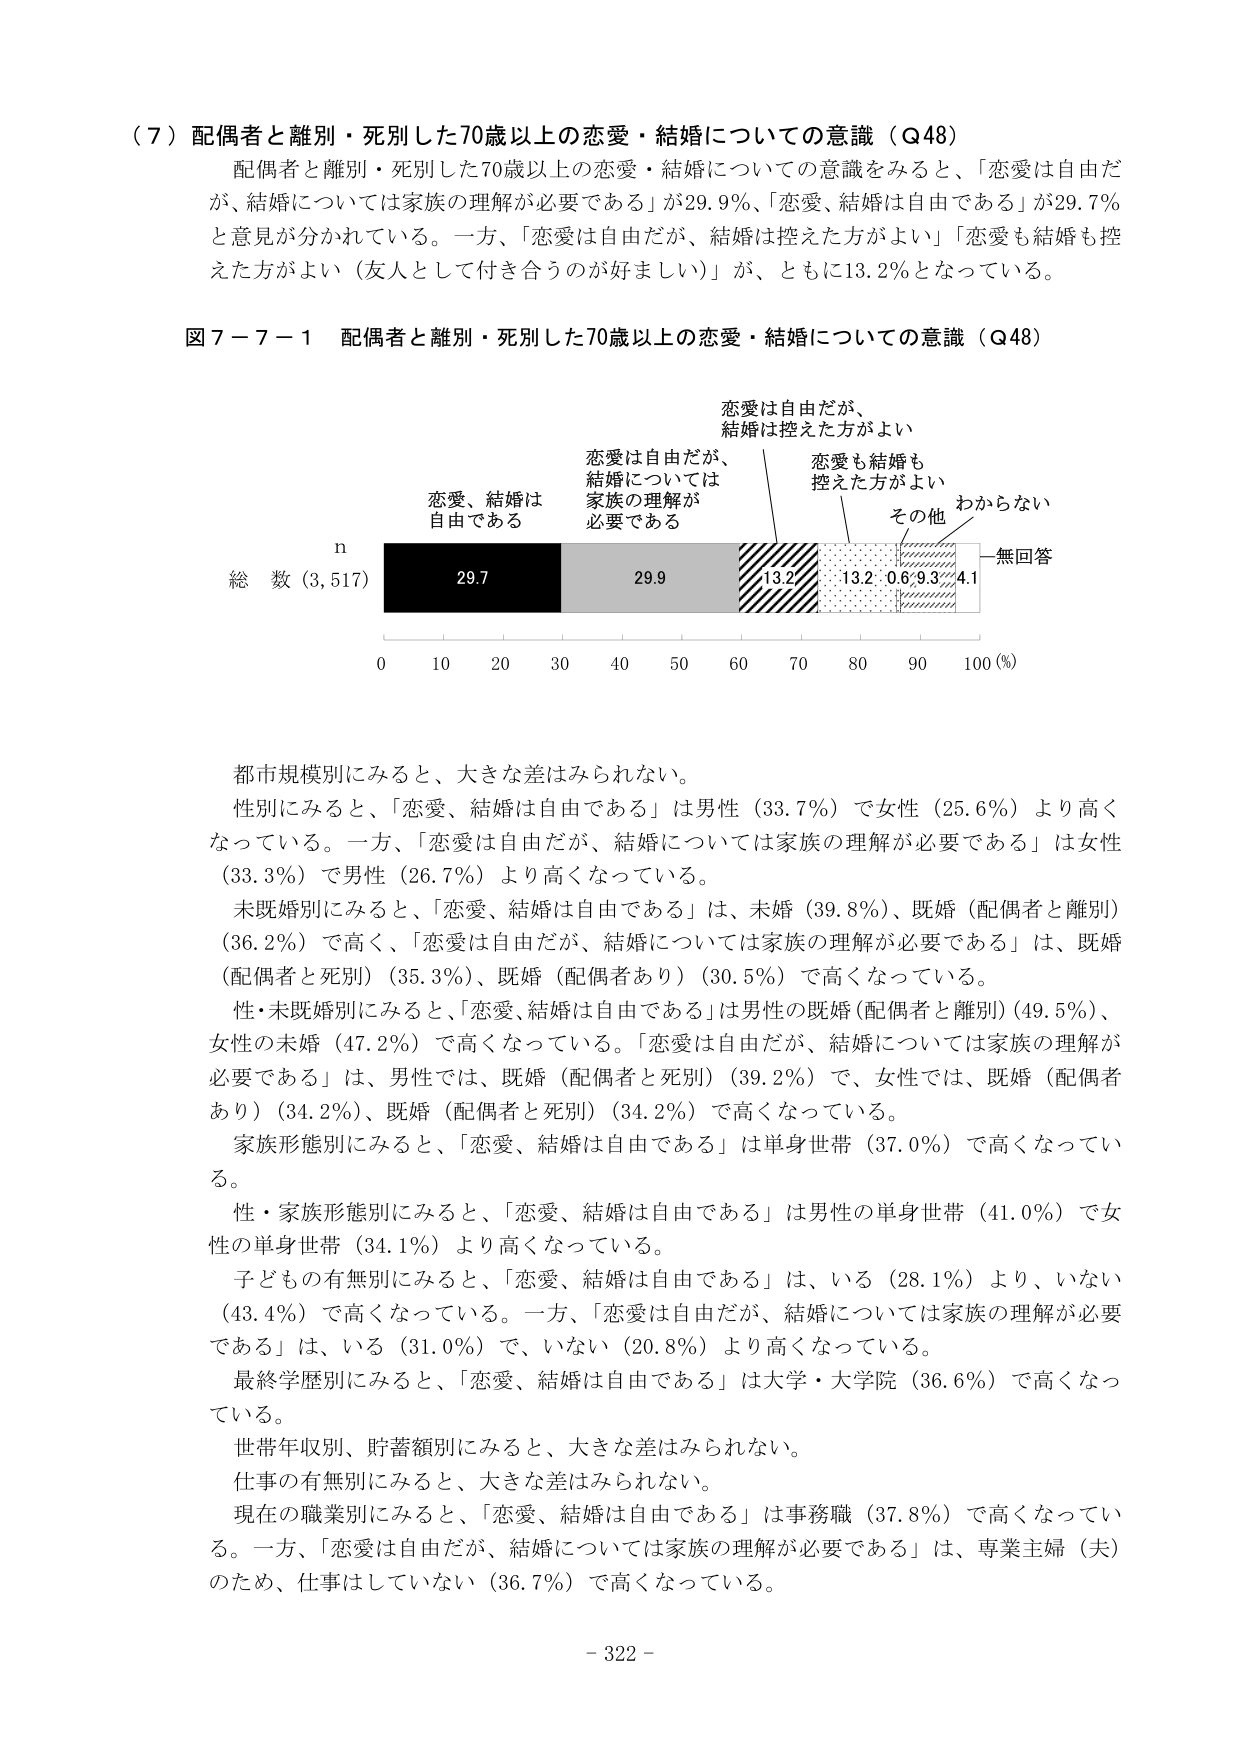
（７）配偶者と離別・死別した70歳以上の恋愛・結婚についての意識（Q48）
配偶者と離別・死別した70歳以上の恋愛・結婚についての意識をみると、「恋愛は自由だが、結婚については家族の理解が必要である」が29.9％、「恋愛、結婚は自由である」が29.7％と意見が分かれている。一方、「恋愛は自由だが、結婚は控えた方がよい」「恋愛も結婚も控えた方がよい（友人として付き合うのが好ましい）」が、ともに13.2％となっている。

図７－７－１ 配偶者と離別・死別した70歳以上の恋愛・結婚についての意識（Q48）

恋愛は自由だが、
結婚は控えた方がよい

恋愛は自由だが、
結婚については
家族の理解が
必要である

恋愛も結婚も
控えた方がよい

その他

わからない

無回答

n
総数（3,517）
29.7
29.9
13.2
13.2
0.6
9.3
4.1

0  10  20  30  40  50  60  70  80  90  100（％）

都市規模別にみると、大きな差はみられない。
性別にみると、「恋愛、結婚は自由である」は男性（33.7％）で女性（25.6％）より高くなっている。一方、「恋愛は自由だが、結婚については家族の理解が必要である」は女性（33.3％）で男性（26.7％）より高くなっている。
未既婚別にみると、「恋愛、結婚は自由である」は、未婚（39.8％）、既婚（配偶者と離別）（36.2％）で高く、「恋愛は自由だが、結婚については家族の理解が必要である」は、既婚（配偶者と死別）（35.3％）、既婚（配偶者あり）（30.5％）で高くなっている。
性・未既婚別にみると、「恋愛、結婚は自由である」は男性の既婚（配偶者と離別）（49.5％）、女性の未婚（47.2％）で高くなっている。「恋愛は自由だが、結婚については家族の理解が必要である」は、男性では、既婚（配偶者と死別）（39.2％）で、女性では、既婚（配偶者あり）（34.2％）、既婚（配偶者と死別）（34.2％）で高くなっている。
家族形態別にみると、「恋愛、結婚は自由である」は単身世帯（37.0％）で高くなっている。
性・家族形態別にみると、「恋愛、結婚は自由である」は男性の単身世帯（41.0％）で女性の単身世帯（34.1％）より高くなっている。
子どもの有無別にみると、「恋愛、結婚は自由である」は、いる（28.1％）より、いない（43.4％）で高くなっている。一方、「恋愛は自由だが、結婚については家族の理解が必要である」は、いる（31.0％）で、いない（20.8％）より高くなっている。
最終学歴別にみると、「恋愛、結婚は自由である」は大学・大学院（36.6％）で高くなっている。
世帯年収別、貯蓄額別にみると、大きな差はみられない。
仕事の有無別にみると、大きな差はみられない。
現在の職業別にみると、「恋愛、結婚は自由である」は事務職（37.8％）で高くなっている。一方、「恋愛は自由だが、結婚については家族の理解が必要である」は、専業主婦（夫）のため、仕事はしていない（36.7％）で高くなっている。

- 322 -